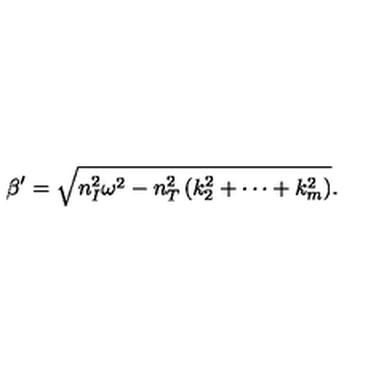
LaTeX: \beta ^ { \prime } = \sqrt { n _ { I } ^ { 2 } \omega ^ { 2 } - n _ { T } ^ { 2 } \left( k _ { 2 } ^ { 2 } + \cdots + k _ { m } ^ { 2 } \right) } .